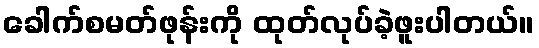
ခေါက်စမတ်ဖုန်းကို ထုတ်လုပ်ခဲ့ဖူးပါတယ်။